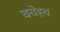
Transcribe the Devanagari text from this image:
क्चेह्च